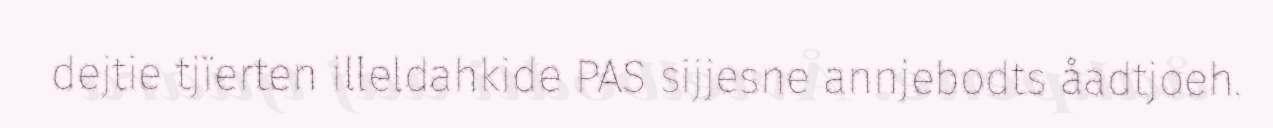
dejtie tjïerten illeldahkide PAS sijjesne annjebodts åadtjoeh.